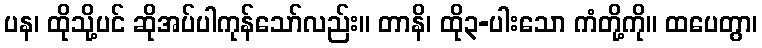
ပန၊ ထိုသို့ပင် ဆိုအပ်ပါကုန်သော်လည်း။ တာနိ၊ ထို၃-ပါးသော ကံတို့ကို။ ထပေတွာ၊